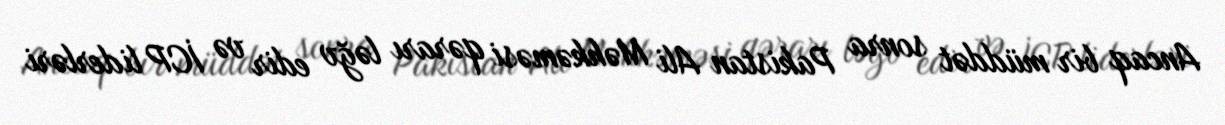
Ancaq bir müddət sonra Pakistan Ali Məhkəməsi qərarı ləğv edir və İCP liderləri